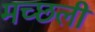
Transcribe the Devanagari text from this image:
मच्छली